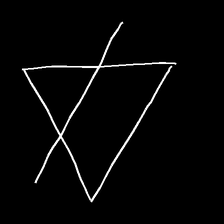
Glyph: empower